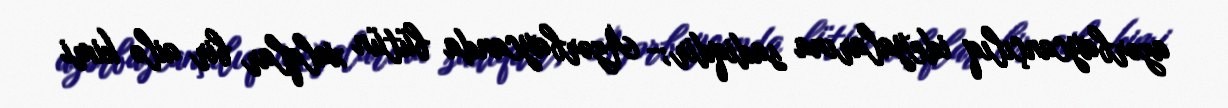
azərbaycançılıq ideyalarına sadiqdir;- Azərbaycanda bütün xalqlar bir ailə kimi